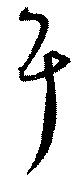
耳